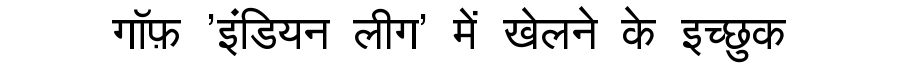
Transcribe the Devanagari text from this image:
गॉफ़ 'इंडियन लीग' में खेलने के इच्छुक